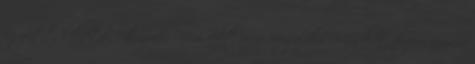
együtt kellett laknunk. Nem volt más megoldás.Mindkét férjem anyám